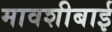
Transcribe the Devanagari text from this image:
मावशीबाई